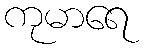
ကုမာရေ